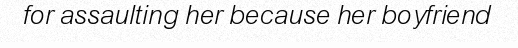
for assaulting her because her boyfriend